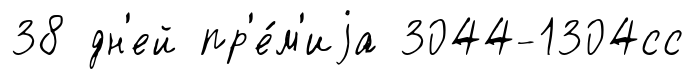
38 дн'ей пр'е́м'иjа 3044-1304сс